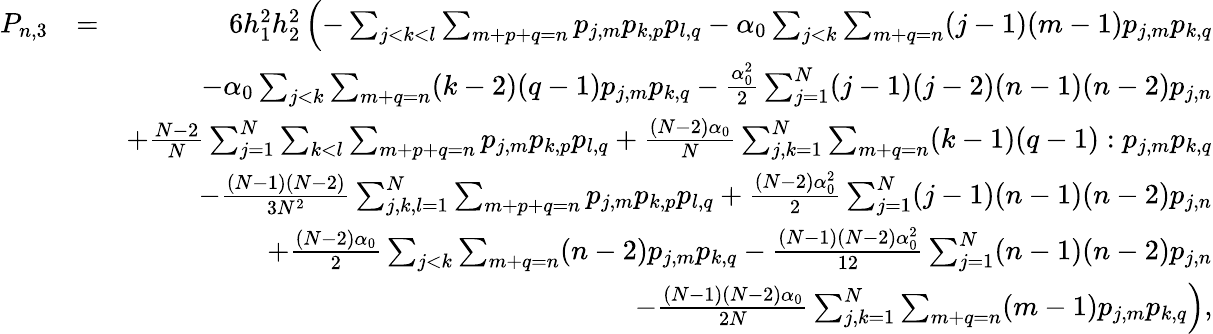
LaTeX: \begin{array}{rlr}{P_{n,3}}&{=}&{6h_{1}^{2}h_{2}^{2}\left(-\sum_{j<k<l}\sum_{m+p+q=n}p_{j,m}p_{k,p}p_{l,q}-\alpha_{0}\sum_{j<k}\sum_{m+q=n}(j-1)(m-1)p_{j,m}p_{k,q}\right.}\\ &{}&{-\alpha_{0}\sum_{j<k}\sum_{m+q=n}(k-2)(q-1)p_{j,m}p_{k,q}-\frac{\alpha_{0}^{2}}{2}\sum_{j=1}^{N}(j-1)(j-2)(n-1)(n-2)p_{j,n}}\\ &{}&{+\frac{N-2}{N}\sum_{j=1}^{N}\sum_{k<l}\sum_{m+p+q=n}p_{j,m}p_{k,p}p_{l,q}+\frac{(N-2)\alpha_{0}}{N}\sum_{j,k=1}^{N}\sum_{m+q=n}(k-1)(q-1):p_{j,m}p_{k,q}}\\ &{}&{-\frac{(N-1)(N-2)}{3N^{2}}\sum_{j,k,l=1}^{N}\sum_{m+p+q=n}p_{j,m}p_{k,p}p_{l,q}+\frac{(N-2)\alpha_{0}^{2}}{2}\sum_{j=1}^{N}(j-1)(n-1)(n-2)p_{j,n}}\\ &{}&{+\frac{(N-2)\alpha_{0}}{2}\sum_{j<k}\sum_{m+q=n}(n-2)p_{j,m}p_{k,q}-\frac{(N-1)(N-2)\alpha_{0}^{2}}{12}\sum_{j=1}^{N}(n-1)(n-2)p_{j,n}}\\ &{}&{\left.-\frac{(N-1)(N-2)\alpha_{0}}{2N}\sum_{j,k=1}^{N}\sum_{m+q=n}(m-1)p_{j,m}p_{k,q}\right),}\end{array}